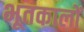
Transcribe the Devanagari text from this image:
भूतकालों